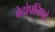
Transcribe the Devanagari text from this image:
वेदोपनिषदे